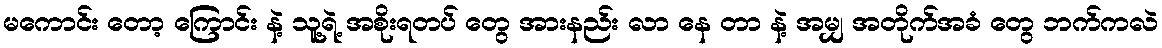
မကောင်း တော့ ကြောင်း နဲ့ သူ့ရဲ့ အစိုးရတပ် တွေ အားနည်း လာ နေ တာ နဲ့ အမျှ အတိုက်အခံ တွေ ဘက်ကလဲ